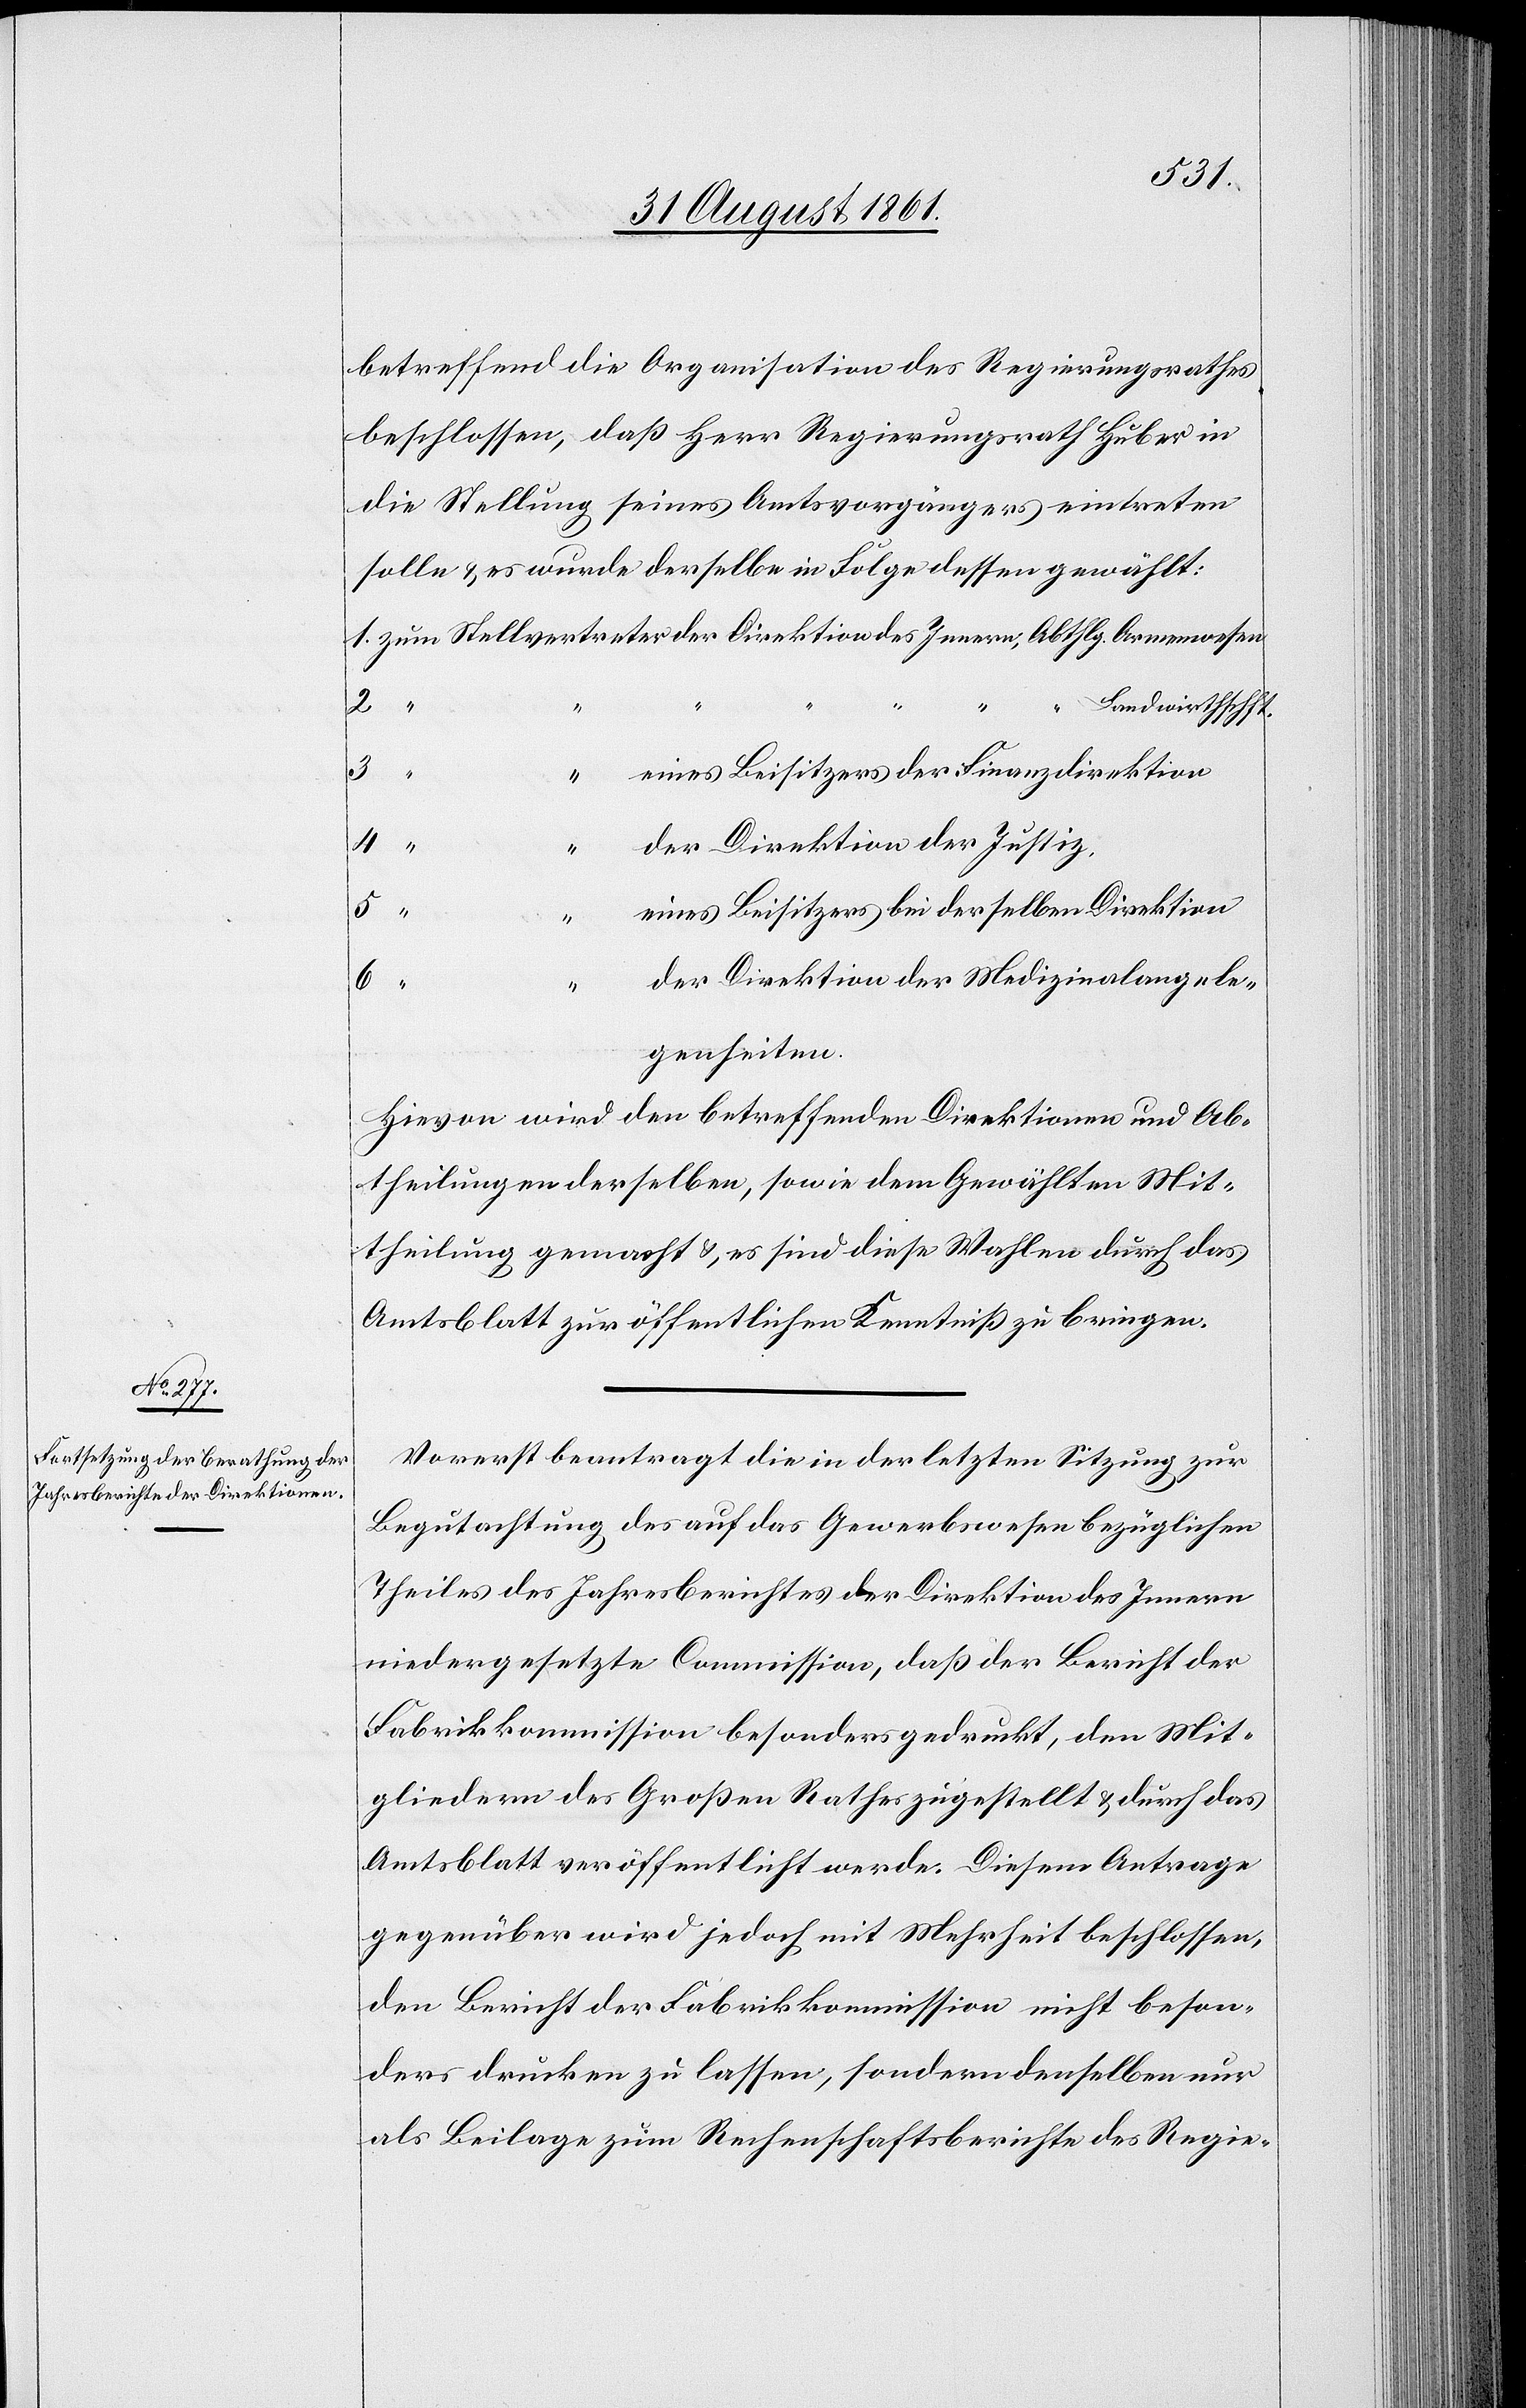
betreffend die Organisation des Regierungsrathes
beschlossen, daß Herr Regierungsrath Huber in
die Stellung seines Amtsvorgängers eintreten
solle u. es wurde derselbe in Folge dessen gewählt:
1. zum Stellvertreter der Direktion des Innern, Abthlg. Armenwesen
2.
Landwirthschaft.
3.
“	 eines Beisitzers der Finanzdirektion
4.
der Direktion der Justiz.
5.
eines Beisitzers bei derselben Direktion
6.
der Direktion der Medizinalangele¬
genheiten.
Hievon wird den betreffenden Direktionen und Ab¬
theilungen derselben, sowie dem Gewählten Mit¬
theilung gemacht u. es sind diese Wahlen durch das
Amtsblatt zur öffentlichen Kenntniß zu bringen.
Vorerst beantragt die in der letzten Sitzung zur
Begutachtung des auf das Gewerbswesen bezüglichen
Theiles des Jahresberichtes der Direktion des Innern
niedergesetzte Commission, daß der Bericht der
Fabrikkommission besonders gedruckt, den Mit¬
gliedern des Großen Rathes zugestellt u. durch das
Amtsblatt veröffentlicht werde. Diesem Antrage
gegenüber wird jedoch mit Mehrheit beschlossen,
den Bericht der Fabrikkommisssion nicht beson¬
ders drücken zu lassen, sondern denselben nur
als Beilage zum Rechenschaftsberichte des Regie-